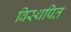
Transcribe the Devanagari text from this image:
विस्थपित